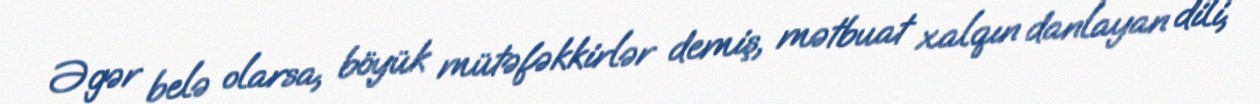
Əgər belə olarsa, böyük mütəfəkkirlər demiş, mətbuat xalqın danlayan dili,